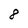
Character: 8